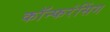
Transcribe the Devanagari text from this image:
कॉन्फरंसिंग